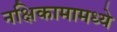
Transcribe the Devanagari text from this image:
नक्षिकामामध्ये